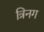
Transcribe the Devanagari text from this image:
त्रिनग